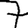
Digit: 7